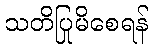
သတိပြုမိစေရန်